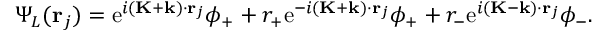
\Psi _ { L } ( \mathbf { r } _ { j } ) = \mathrm { e } ^ { i ( \mathbf { K } + \mathbf { k } ) \cdot \mathbf { r } _ { j } } \phi _ { + } + r _ { + } \mathrm { e } ^ { - i ( \mathbf { K } + \mathbf { k } ) \cdot \mathbf { r } _ { j } } \phi _ { + } + r _ { - } \mathrm { e } ^ { i ( \mathbf { K } - \mathbf { k } ) \cdot \mathbf { r } _ { j } } \phi _ { - } .